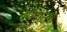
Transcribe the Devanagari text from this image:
येणाऱ्र्‍या